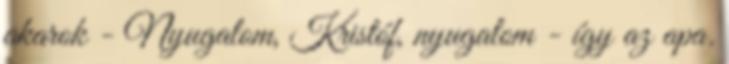
akarok - Nyugalom, Kristóf, nyugalom - így az apa.